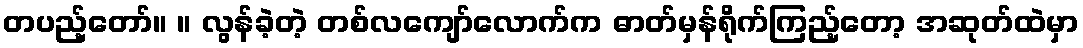
တပည့်တော်။ ။ လွန်ခဲ့တဲ့ တစ်လကျော်လောက်က ဓာတ်မှန်ရိုက်ကြည့်တော့ အဆုတ်ထဲမှာ